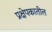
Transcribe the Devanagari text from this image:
प्रक्षेपकातील